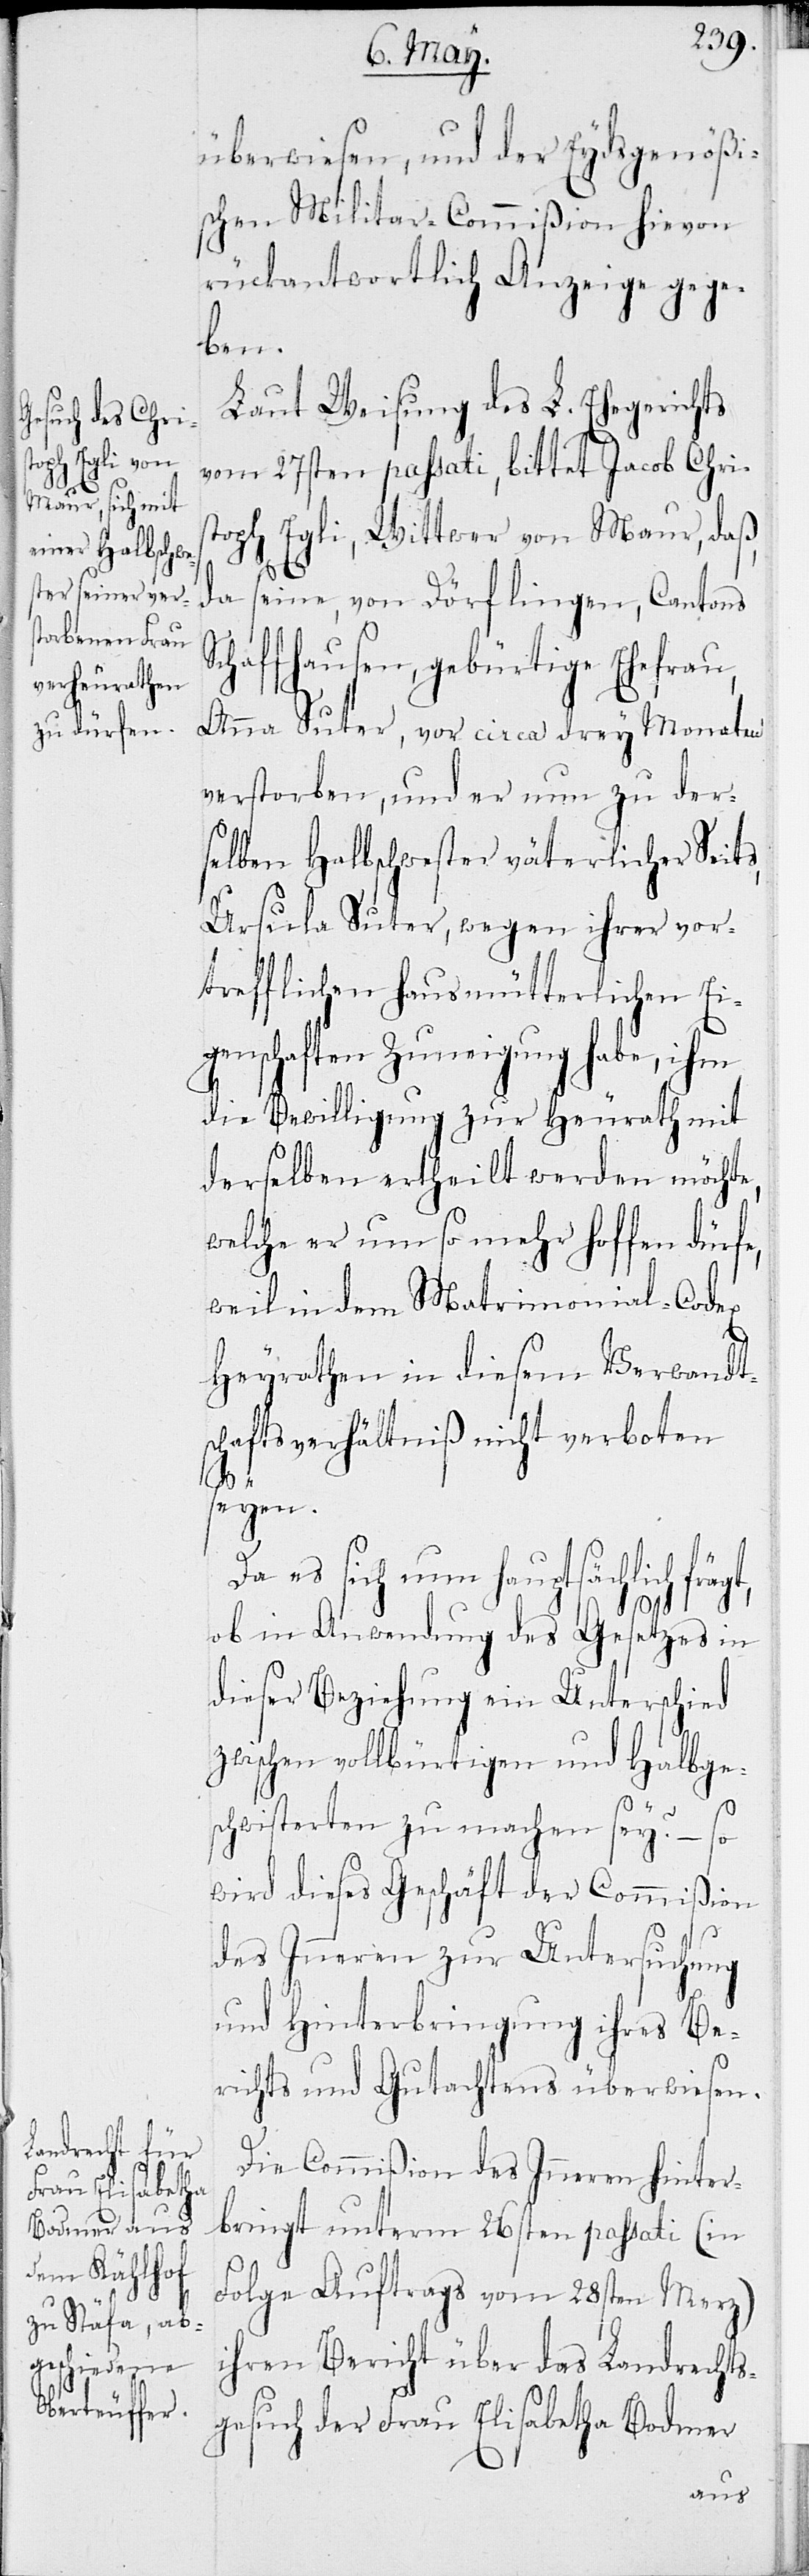
überwiesen, und der Eydsgenößi¬
schen Militar-Commißion hievon
rückantwortlich Anzeige gege¬
ben.
Laut Weisung des L. Ehegerichts
vom 27sten passati, bittet Jacob Chris¬
toph Egli, Wittwer von Maur, daß,
da seine, von Dörflingen, Cantons
Schaffhausen, gebürtige Ehefrau
Anna Suter, vor circa drey Monaten
verstorben, und er nun zu der¬
selben Halbschwester väterlicher Seits,
Ursula Suter, wegen ihrer vor¬
trefflichen hausmütterlichen Ei¬
genschaften Zuneigung habe, ihm
die Bewilligung zur Heurath mit
derselben ertheilt werden möchte,
welche er um so mehr hoffen dürfe,
weil in dem Matrimonial-Codex
Heyrathen in diesem Verwandt¬
schaftsverhältniß nicht verboten
seyen.
Da es sich nun hauptsächlich frägt,
ob in Anwendung des Gesetzes in
dieser Beziehung ein Unterschied
zwischen vollbürtigen und Halbge¬
schwisteren zu machen sey, – so
wird dieses Geschäft der Commißion
des Inneren zur Untersuchung
und Hinterbringung ihres Be¬
richts und Gutachtens überwiesen.
Die Commißion des Inneren hinter¬
bringt unterm 26sten passati (in
Folge Auftrags vom 28sten Merz)
ihren Bericht über das Landrechts¬
gesuch der Frau Elisabetha Bodmer